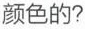
颜色的?